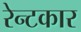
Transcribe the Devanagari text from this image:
रेन्टकार